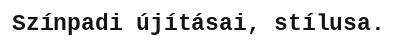
Színpadi újításai, stílusa.